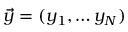
\vec { y } = ( y _ { 1 } , \dots y _ { N } )